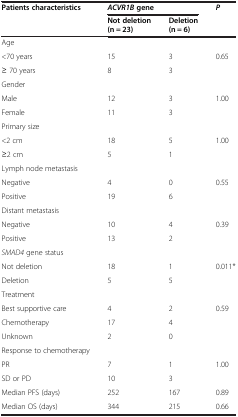
<table><thead><tr><td><b>Patients characteristics</b></td><td colspan="2"><b><i>ACVR1B </i>gene</b></td><td><b><i>P</i></b></td></tr><tr><td><b> </b></td><td><b>Not deletion (n = 23)</b></td><td><b>Deletion (n = 6)</b></td><td><b> </b></td></tr></thead><tbody><tr><td>Age</td><td> </td><td> </td><td> </td></tr><tr><td>&lt;70 years</td><td>15</td><td>3</td><td rowspan="2">0.65</td></tr><tr><td>≥ 70 years</td><td>8</td><td>3</td></tr><tr><td>Gender</td><td> </td><td> </td><td> </td></tr><tr><td>Male</td><td>12</td><td>3</td><td rowspan="2">1.00</td></tr><tr><td>Female</td><td>11</td><td>3</td></tr><tr><td>Primary size</td><td> </td><td> </td><td> </td></tr><tr><td>&lt;2 cm</td><td>18</td><td>5</td><td rowspan="2">1.00</td></tr><tr><td>≥2 cm</td><td>5</td><td>1</td></tr><tr><td>Lymph node metastasis</td><td> </td><td> </td><td> </td></tr><tr><td>Negative</td><td>4</td><td>0</td><td rowspan="2">0.55</td></tr><tr><td>Positive</td><td>19</td><td>6</td></tr><tr><td>Distant metastasis</td><td> </td><td> </td><td> </td></tr><tr><td>Negative</td><td>10</td><td>4</td><td rowspan="2">0.39</td></tr><tr><td>Positive</td><td>13</td><td>2</td></tr><tr><td><i>SMAD4</i> gene status</td><td> </td><td> </td><td> </td></tr><tr><td>Not deletion</td><td>18</td><td>1</td><td rowspan="2">0.011*</td></tr><tr><td>Deletion</td><td>5</td><td>5</td></tr><tr><td>Treatment</td><td> </td><td> </td><td> </td></tr><tr><td>Best supportive care</td><td>4</td><td>2</td><td rowspan="2">0.59</td></tr><tr><td>Chemotherapy</td><td>17</td><td>4</td></tr><tr><td>Unknown</td><td>2</td><td>0</td><td> </td></tr><tr><td>Response to chemotherapy</td><td> </td><td> </td><td> </td></tr><tr><td>PR</td><td>7</td><td>1</td><td rowspan="2">1.00</td></tr><tr><td>SD or PD</td><td>10</td><td>3</td></tr><tr><td>Median PFS (days)</td><td>252</td><td>167</td><td>0.89</td></tr><tr><td>Median OS (days)</td><td>344</td><td>215</td><td>0.66</td></tr></tbody></table>